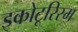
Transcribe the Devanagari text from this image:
इकोटूरिस्म